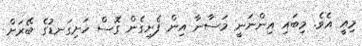
މިއީ އެވެ. މިބައި އިންނަނީ މަސާނާ އިން ފެށިގެން ގޮސް ހަށިގަނޑުގެ ބޭރަށް